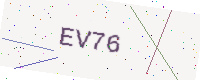
Text: EV76